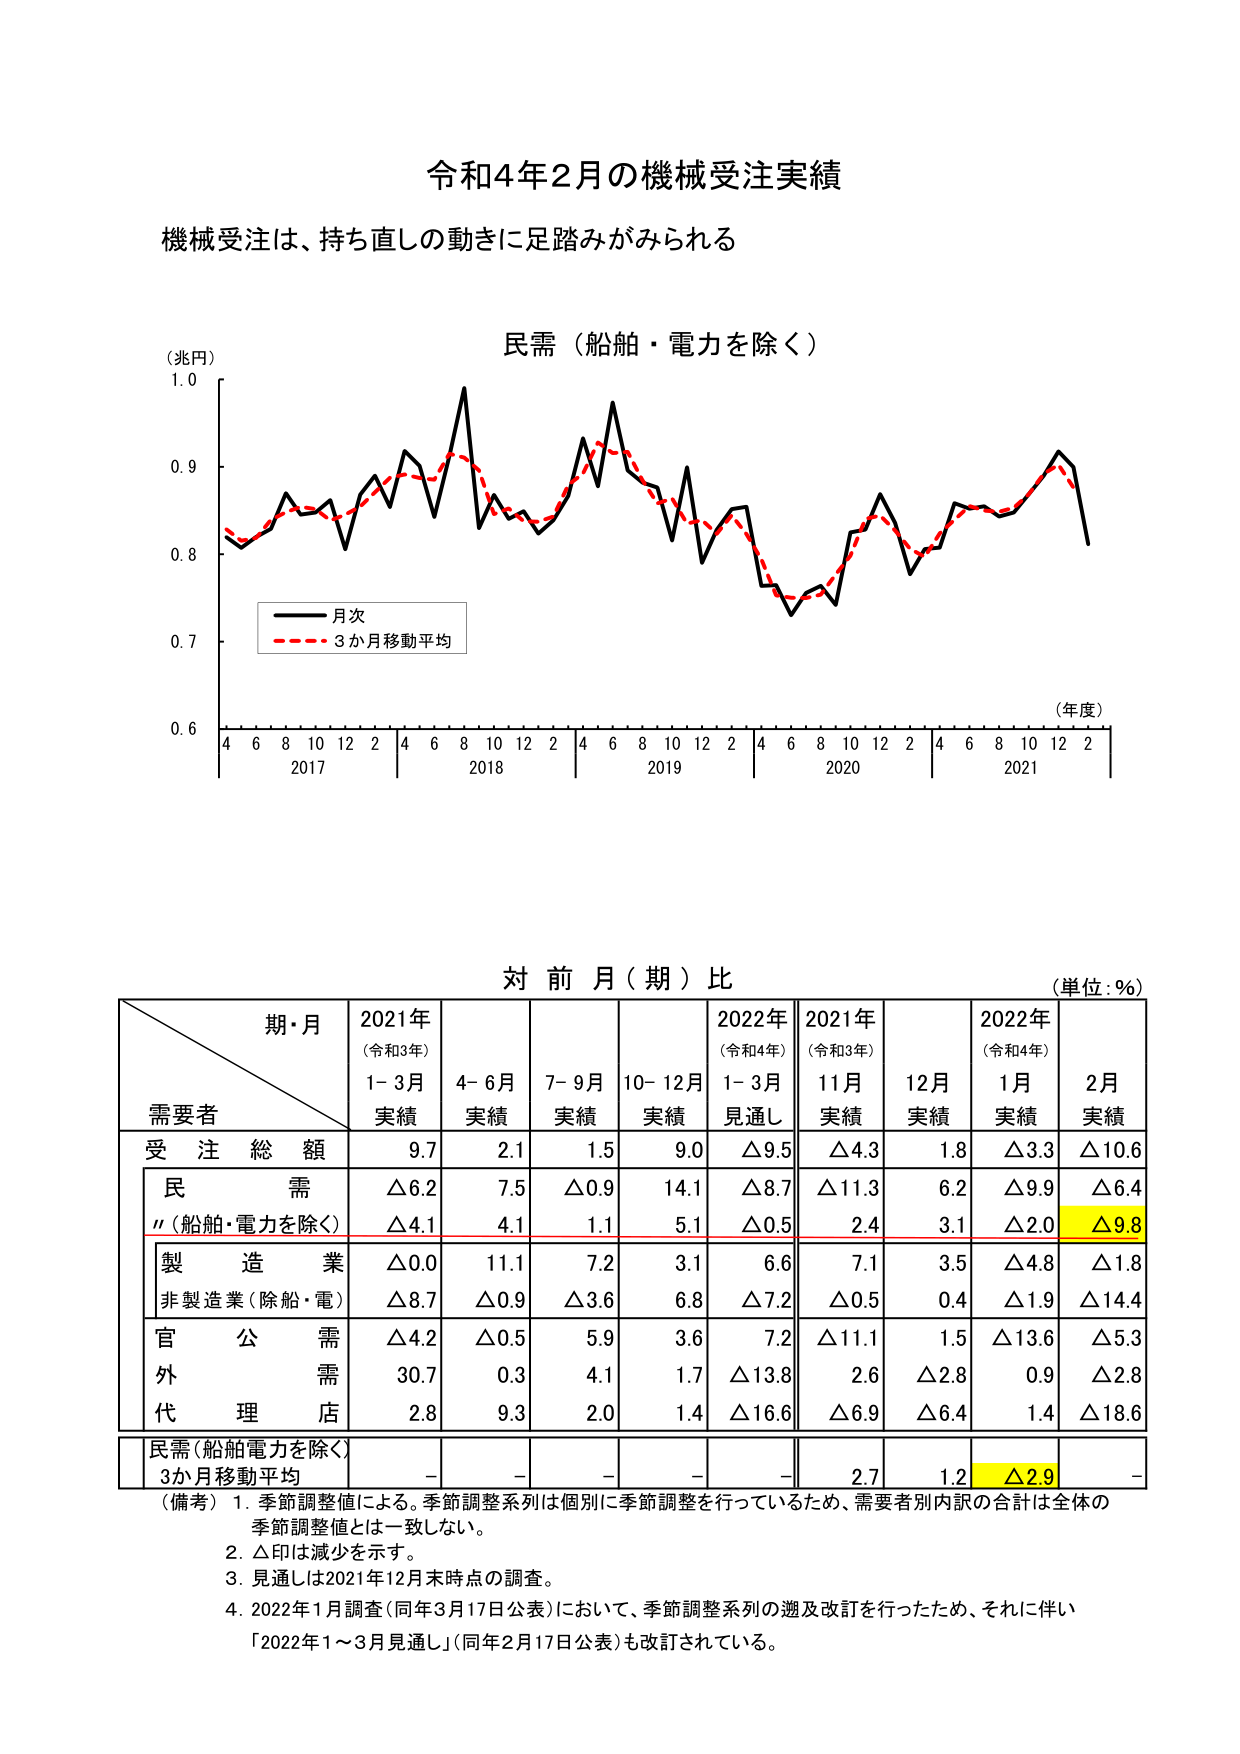
令和4年2月の機械受注実績
機械受注は、持ち直しの動きに足踏みがみられる

（兆円）
民需（船舶・電力を除く）
（年度）
4 6 8 10 12 2 4 6 8 10 12 2 4 6 8 10 12 2 4 6 8 10 12 2 4 6 8 10 12 2
2017 2018 2019 2020 2021
0.6 0.7 0.8 0.9 1.0

■ 月次
■ 3か月移動平均

対前月（期）比
（単位：％）

期・月
需要者
2021年（令和3年）
1-3月 実績
4-6月 実績
7-9月 実績
10-12月 実績
2022年（令和4年）
1-3月 見通し
2021年（令和3年）
11月 実績
12月 実績
2022年（令和4年）
1月 実績
2月 実績

受注総額
9.7
2.1
1.5
9.0
△9.5
△4.3
1.8
△3.3
△10.6

民需
△6.2
7.5
△0.9
14.1
△8.7
△11.3
6.2
△9.9
△6.4

〃（船舶・電力を除く）
△4.1
4.1
1.1
5.1
△0.5
2.4
3.1
△2.0
△9.8

製造業
△0.0
11.1
7.2
3.1
6.6
7.1
3.5
△4.8
△1.8

非製造業（除船・電）
△8.7
△0.9
△3.6
6.8
△7.2
△0.5
0.4
△1.9
△14.4

官公需
△4.2
△0.5
5.9
3.6
7.2
△11.1
1.5
△13.6
△5.3

外需
30.7
0.3
4.1
1.7
△13.8
2.6
△2.8
0.9
△2.8

代理店
2.8
9.3
2.0
1.4
△16.6
△6.9
△6.4
1.4
△18.6

民需（船舶電力を除く）
3か月移動平均
-
-
-
-
-
2.7
1.2
△2.9
-

（備考）
1. 季節調整値による。季節調整系列は個別に季節調整を行っているため、需要者別内訳の合計は全体の季節調整値とは一致しない。
2. △印は減少を示す。
3. 見通しは2021年12月末時点の調査。
4. 2022年1月調査（同年3月17日公表）において、季節調整系列の遡及改訂を行ったため、それに伴い「2022年1～3月見通し」（同年2月17日公表）も改訂されている。